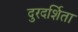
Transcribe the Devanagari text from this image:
दुरदर्शिता